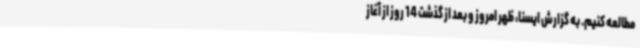
مطالعه کنیم. به گزارش ایسنا، ظهر امروز و بعد از گذشت 14 روز از آغاز